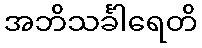
အဘိသင်္ခါရေတိ